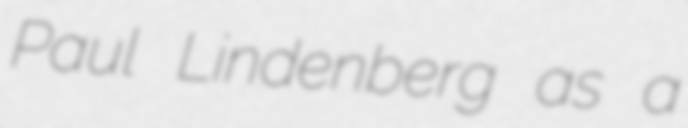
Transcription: Paul Lindenberg as a